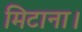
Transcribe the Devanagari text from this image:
मिटाना।